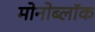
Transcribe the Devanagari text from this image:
मोनोब्लॉक